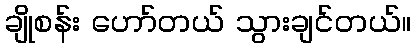
ချိုစန်း ဟော်တယ် သွားချင်တယ်။